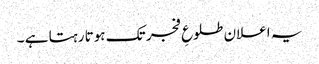
یہ اعلان طلوعِ فجر تک ہوتا رہتا ہے ۔